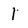
Character: 1